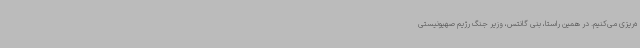
ه‌ریزی می‌کنیم. در همین راستا، بنی گانتس، وزیر جنگ رژیم صهیونیستی